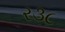
ર૩૮